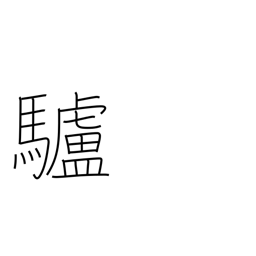
Meaning: donkey